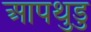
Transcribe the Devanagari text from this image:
आपथुडु